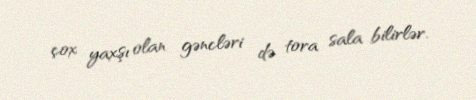
çox yaxşı olan gəncləri də tora sala bilirlər.